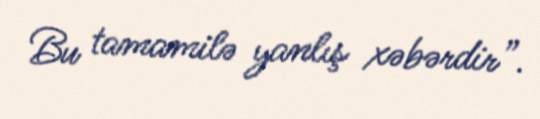
Bu tamamilə yanlış xəbərdir”.